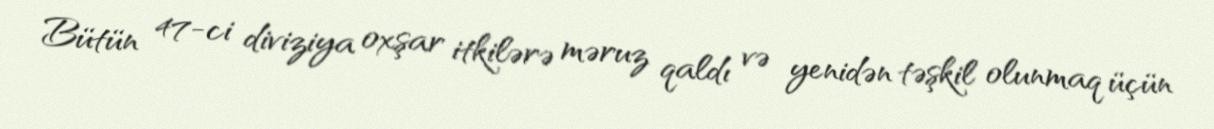
Bütün 47-ci diviziya oxşar itkilərə məruz qaldı və yenidən təşkil olunmaq üçün